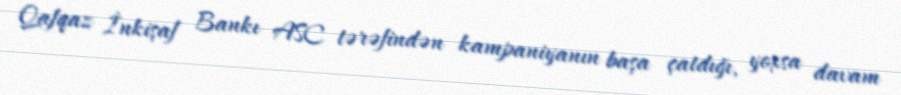
Qafqaz İnkişaf Bankı ASC tərəfindən kampaniyanın başa çatdığı, yoxsa davam